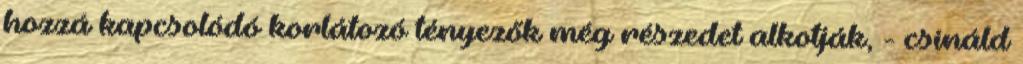
hozzá kapcsolódó korlátozó tényezők még részedet alkotják, - csináld